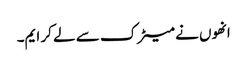
انھوں نے میٹرک سے لے کر ایم۔